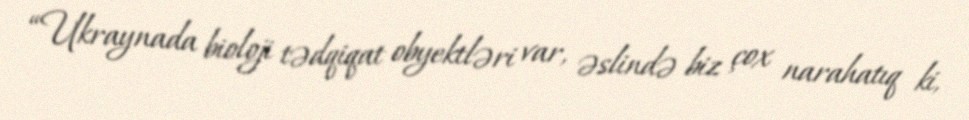
“Ukraynada bioloji tədqiqat obyektləri var, əslində biz çox narahatıq ki,